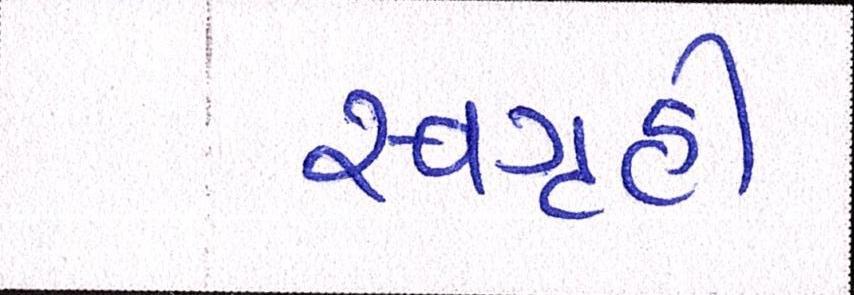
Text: સ્વગૃહી